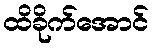
ထိခိုက်အောင်